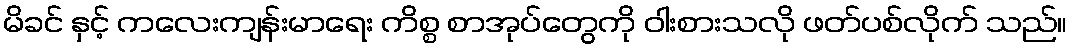
မိခင် နှင့် ကလေးကျန်းမာရေး ကိစ္စ စာအုပ်တွေကို ဝါးစားသလို ဖတ်ပစ်လိုက် သည်။